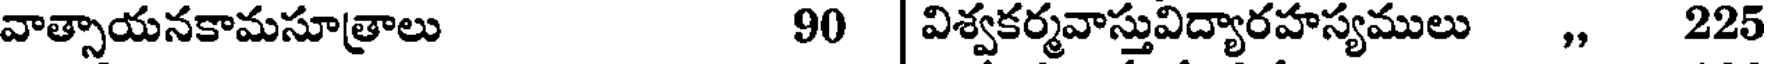
వాత్సాయనకామసూత్రాలు 90 | విశ్వకర్మవాస్తువిద్యారహస్యములు ,, 225